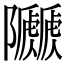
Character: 𨽯